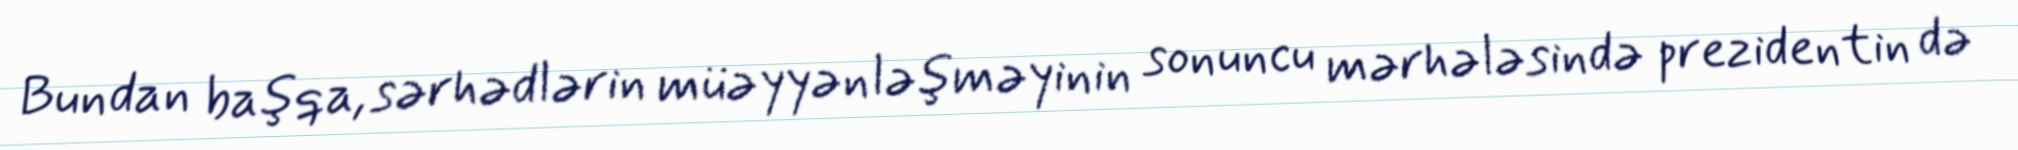
Bundan başqa, sərhədlərin müəyyənləşməyinin sonuncu mərhələsində prezidentin də